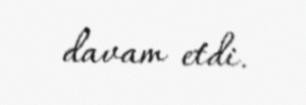
davam etdi.